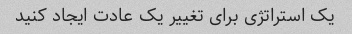
یک استراتژی برای تغییر یک عادت ایجاد کنید